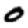
Digit: 0